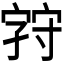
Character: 𪧚